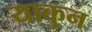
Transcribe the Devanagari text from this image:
याकुन